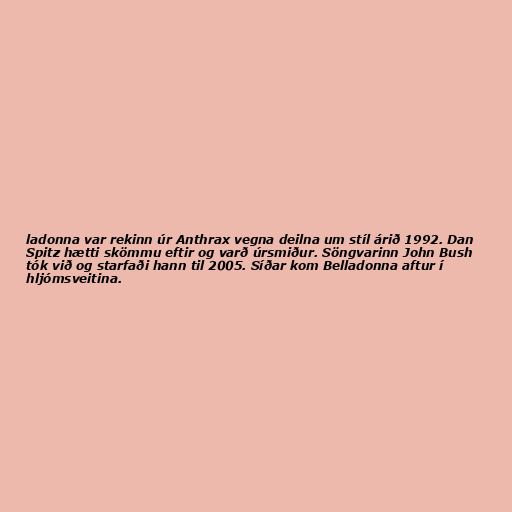
ladonna var rekinn úr Anthrax vegna deilna um stíl árið 1992. Dan
Spitz hætti skömmu eftir og varð úrsmiður. Söngvarinn John Bush
tók við og starfaði hann til 2005. Síðar kom Belladonna aftur í
hljómsveitina.